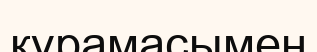
құрамасымен